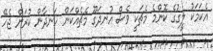
އެކަމަކު ލީގުގެ ކޮންމެ މެޗަކީ ވެސް އުނދަގޫ މެޗެއްކަން ހަނދާން ކުރަން ޖެހޭ